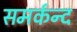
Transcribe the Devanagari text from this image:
समर्कन्द